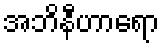
အဘိနီဟာရော